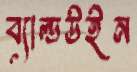
ব্যাল্ডউইন